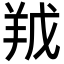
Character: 𮊥